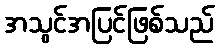
အသွင်အပြင်ဖြစ်သည်